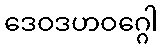
ဒေဝဒဟဝဂ္ဂေါ